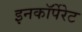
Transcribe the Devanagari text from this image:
इनकाॅर्पेरेट